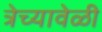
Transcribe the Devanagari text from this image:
त्रेच्यावेळी